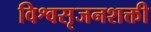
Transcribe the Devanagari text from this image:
विश्वसृजनशक्ती